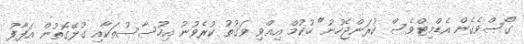
ގޯސްވެގެން އެޑްމިޓްވެސް ކުރަންޖެހުނު" ހުކުމް އިއްވި ވަގުތު ކުރެވުނު އިހުސާސުތަކާއި ގުޅޭގޮތުން އަފާފު